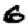
Digit: 6